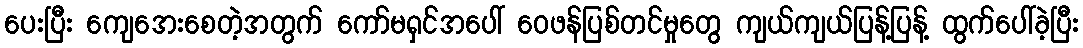
ပေးပြီး ကျေအေးစေတဲ့အတွက် ကော်မရှင်အပေါ် ဝေဖန်ပြစ်တင်မှုတွေ ကျယ်ကျယ်ပြန့်ပြန့် ထွက်ပေါ်ခဲ့ပြီး